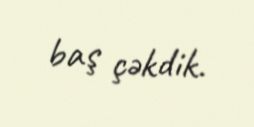
baş çəkdik.